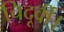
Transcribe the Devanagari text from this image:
चिदूर्वी।